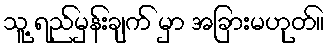
သူ့ ရည်မှန်းချက် မှာ အခြားမဟုတ်။